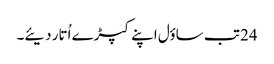
24 تب ساؤل اپنے کپڑے اُتار دیئے۔